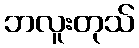
ဘလူးတုသ်